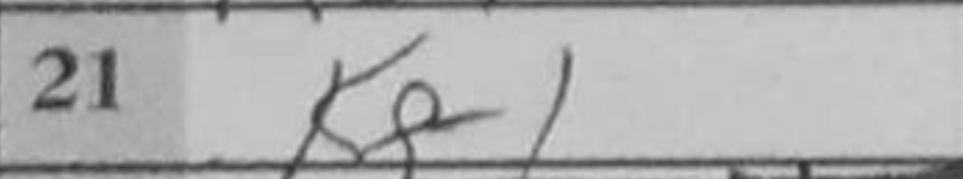
Transcription: Kg1